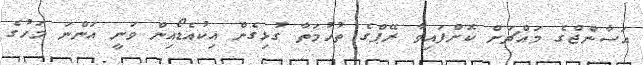
އަސާންޖްގެ މައްޗަށް ކޮށްފައިވާ ރޭޕްގެ ތުހުމަތާ ގުޅިގެން އިކުއެޑޯއިން ވަނީ އަންނަ މަހުގެ